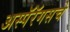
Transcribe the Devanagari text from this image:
अस्पॅरॅगसचे